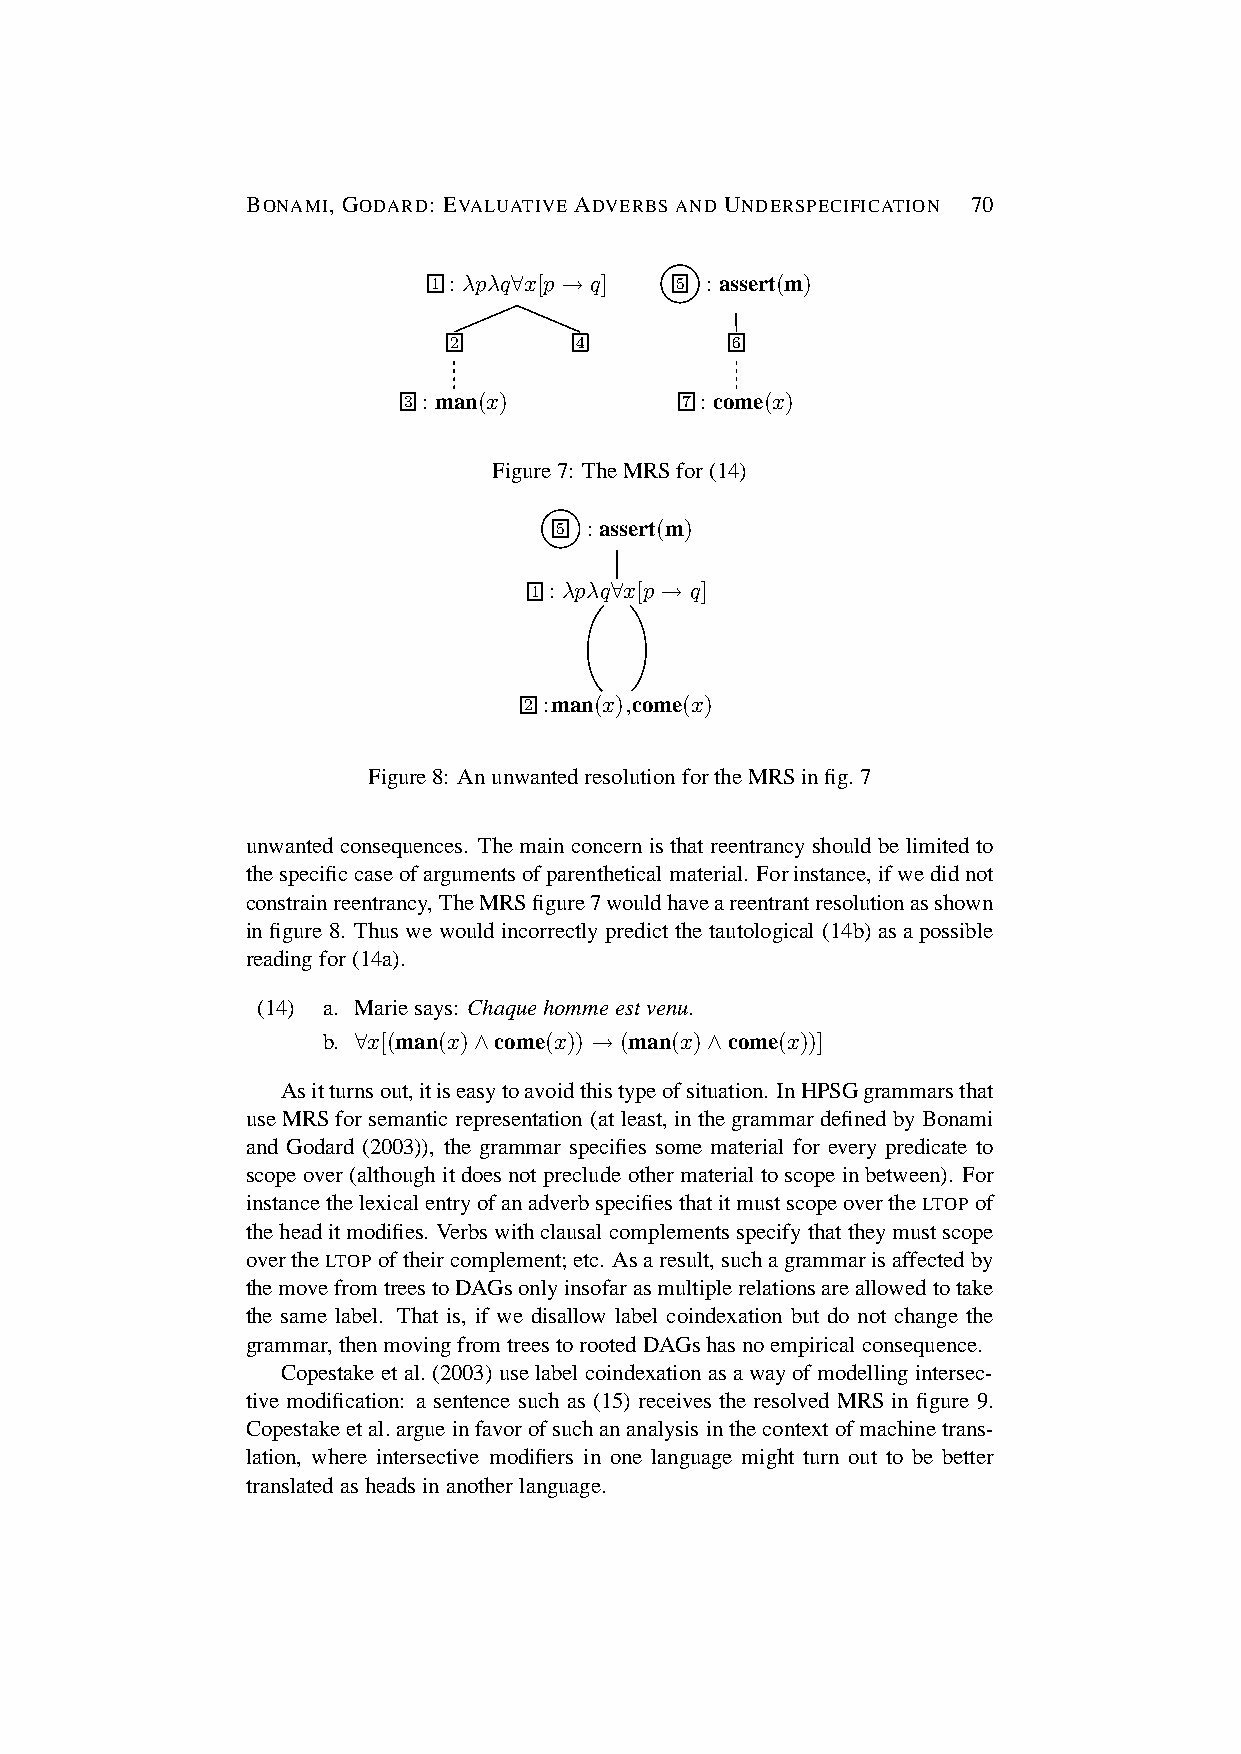
BONAMI, GODARD: EVALUATIVE ADVERBS AND UNDERSPECIFICATION 70
 1 :λpλq∀x[p → q] 5 :assert(m)
 2       4         6
 3 : man(x)        7 : come(x)
 Figure7: TheMRSfor(14)
 5 :assert(m)
 1 :λpλq∀x[p → q]
 2 :man(x),come(x)
 Figure8: Anunwantedresolution fortheMRSinfig.7
 unwanted consequences. Themainconcern isthatreentrancy should belimitedto
 thespecificcaseofargumentsofparenthetical material. Forinstance,ifwedidnot
 constrainreentrancy,TheMRSfigure7wouldhaveareentrantresolutionasshown
 infigure 8. Thuswewouldincorrectly predict the tautological (14b) asapossible
 readingfor(14a).
 (14) a. Mariesays: Chaquehommeestvenu.
 b. ∀x[(man(x)∧come(x)) → (man(x)∧come(x))]
 Asitturnsout,itiseasytoavoidthistypeofsituation. InHPSGgrammarsthat
 useMRSforsemantic representation (atleast, inthegrammardefined byBonami
 and Godard (2003)), the grammar specifies some material for every predicate to
 scope over(although itdoesnotpreclude othermaterial toscope inbetween). For
 instancethelexicalentryofanadverbspecifiesthatitmustscopeovertheLTOP of
 theheaditmodifies. Verbswithclausalcomplements specifythattheymustscope
 overtheLTOP oftheircomplement;etc. Asaresult,suchagrammarisaffectedby
 themovefromtreestoDAGsonlyinsofarasmultiplerelationsareallowedtotake
 the same label. That is, if we disallow label coindexation but do not change the
 grammar,thenmovingfromtreestorootedDAGshasnoempiricalconsequence.
 Copestake etal.(2003) uselabel coindexation asawayofmodelling intersec-
 tive modification: a sentence such as (15) receives the resolved MRS in figure 9.
 Copestakeetal.argueinfavorofsuchananalysis inthecontextofmachinetrans-
 lation, where intersective modifiers in one language might turn out to be better
 translated asheadsinanotherlanguage.